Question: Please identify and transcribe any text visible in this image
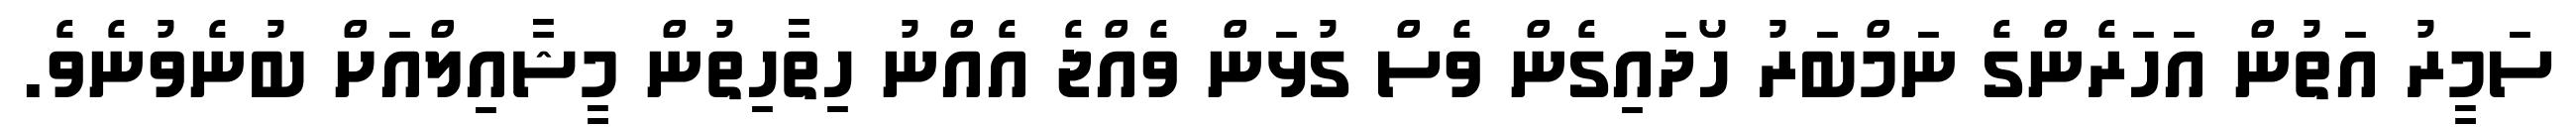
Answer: ސަމީރު އަތުން އަހަރެންގެ ނަމްބަރު ހޯދައިގެން ވެސް ގުޅަން ވެއްޖެ އެއްނު ހިތާހިތުން މީޝާއިލްއަށް ބުނެވުނެވެ.